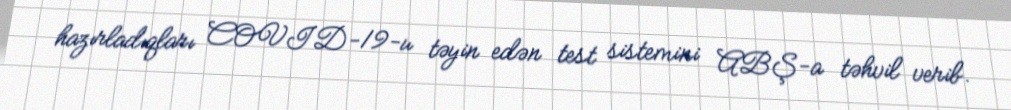
hazırladıqları COVID-19-u təyin edən test sistemini ABŞ-a təhvil verib.